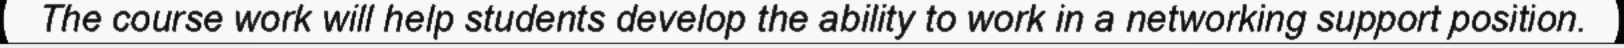
The course work will help students develop the ability to work in a networking support position.